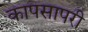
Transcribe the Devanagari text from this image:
कापसापरी